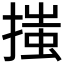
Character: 𢱟